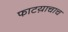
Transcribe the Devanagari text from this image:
फाटय़ाचाच